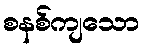
စနစ်ကျသော